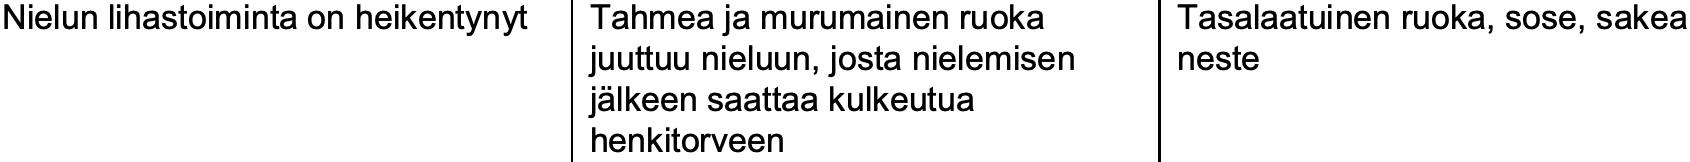
Nielun lihastoiminta on heikentynyt Tahmea ja murumainen ruoka Tasalaatuinen ruoka, sose, sakea juuttuu nieluun, josta nielemisen neste jälkeen saattaa kulkeutua henkitorveen